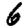
Digit: 6